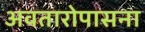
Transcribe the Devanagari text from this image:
अवतारोपासना